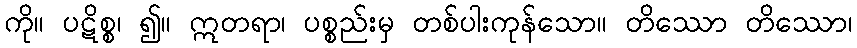
ကို။ ပဋိစ္စ၊ ၍။ ဣတရာ၊ ပစ္စည်းမှ တစ်ပါးကုန်သော။ တိဿော တိဿော၊